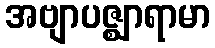
အဗျာပဇ္ဈာရာမာ